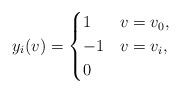
LaTeX: \begin{align*} y_i(v)= \begin{cases} 1 & v=v_0,\\ -1& v=v_i,\\ 0 & \end{cases} \end{align*}